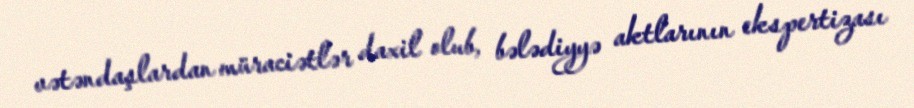
vətəndaşlardan müraciətlər daxil olub, bələdiyyə aktlarının ekspertizası